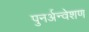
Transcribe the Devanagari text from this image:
पुनर्अन्वेशण